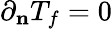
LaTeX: \partial_{\mathbf{n}}T_{f}=0